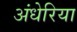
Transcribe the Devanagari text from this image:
अंधेरिया